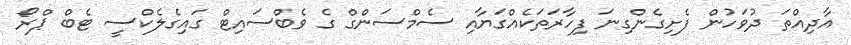
އާދިއްތަ ދުވަހުން ފެށިގެންގިނަ ފިހާރަތަކެއްގަޔާއި ސެމްސަންގް ގެ ވެބްސައިޓް ގައިގެލެކްސީ ޓެބް ޕްރޯ